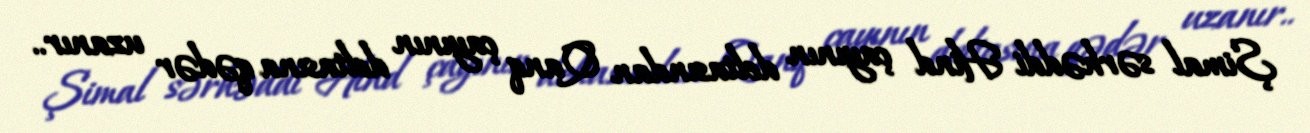
Şimal sərhəddi Hind çayının deltasından Qanq çayının deltasına qədər uzanır..